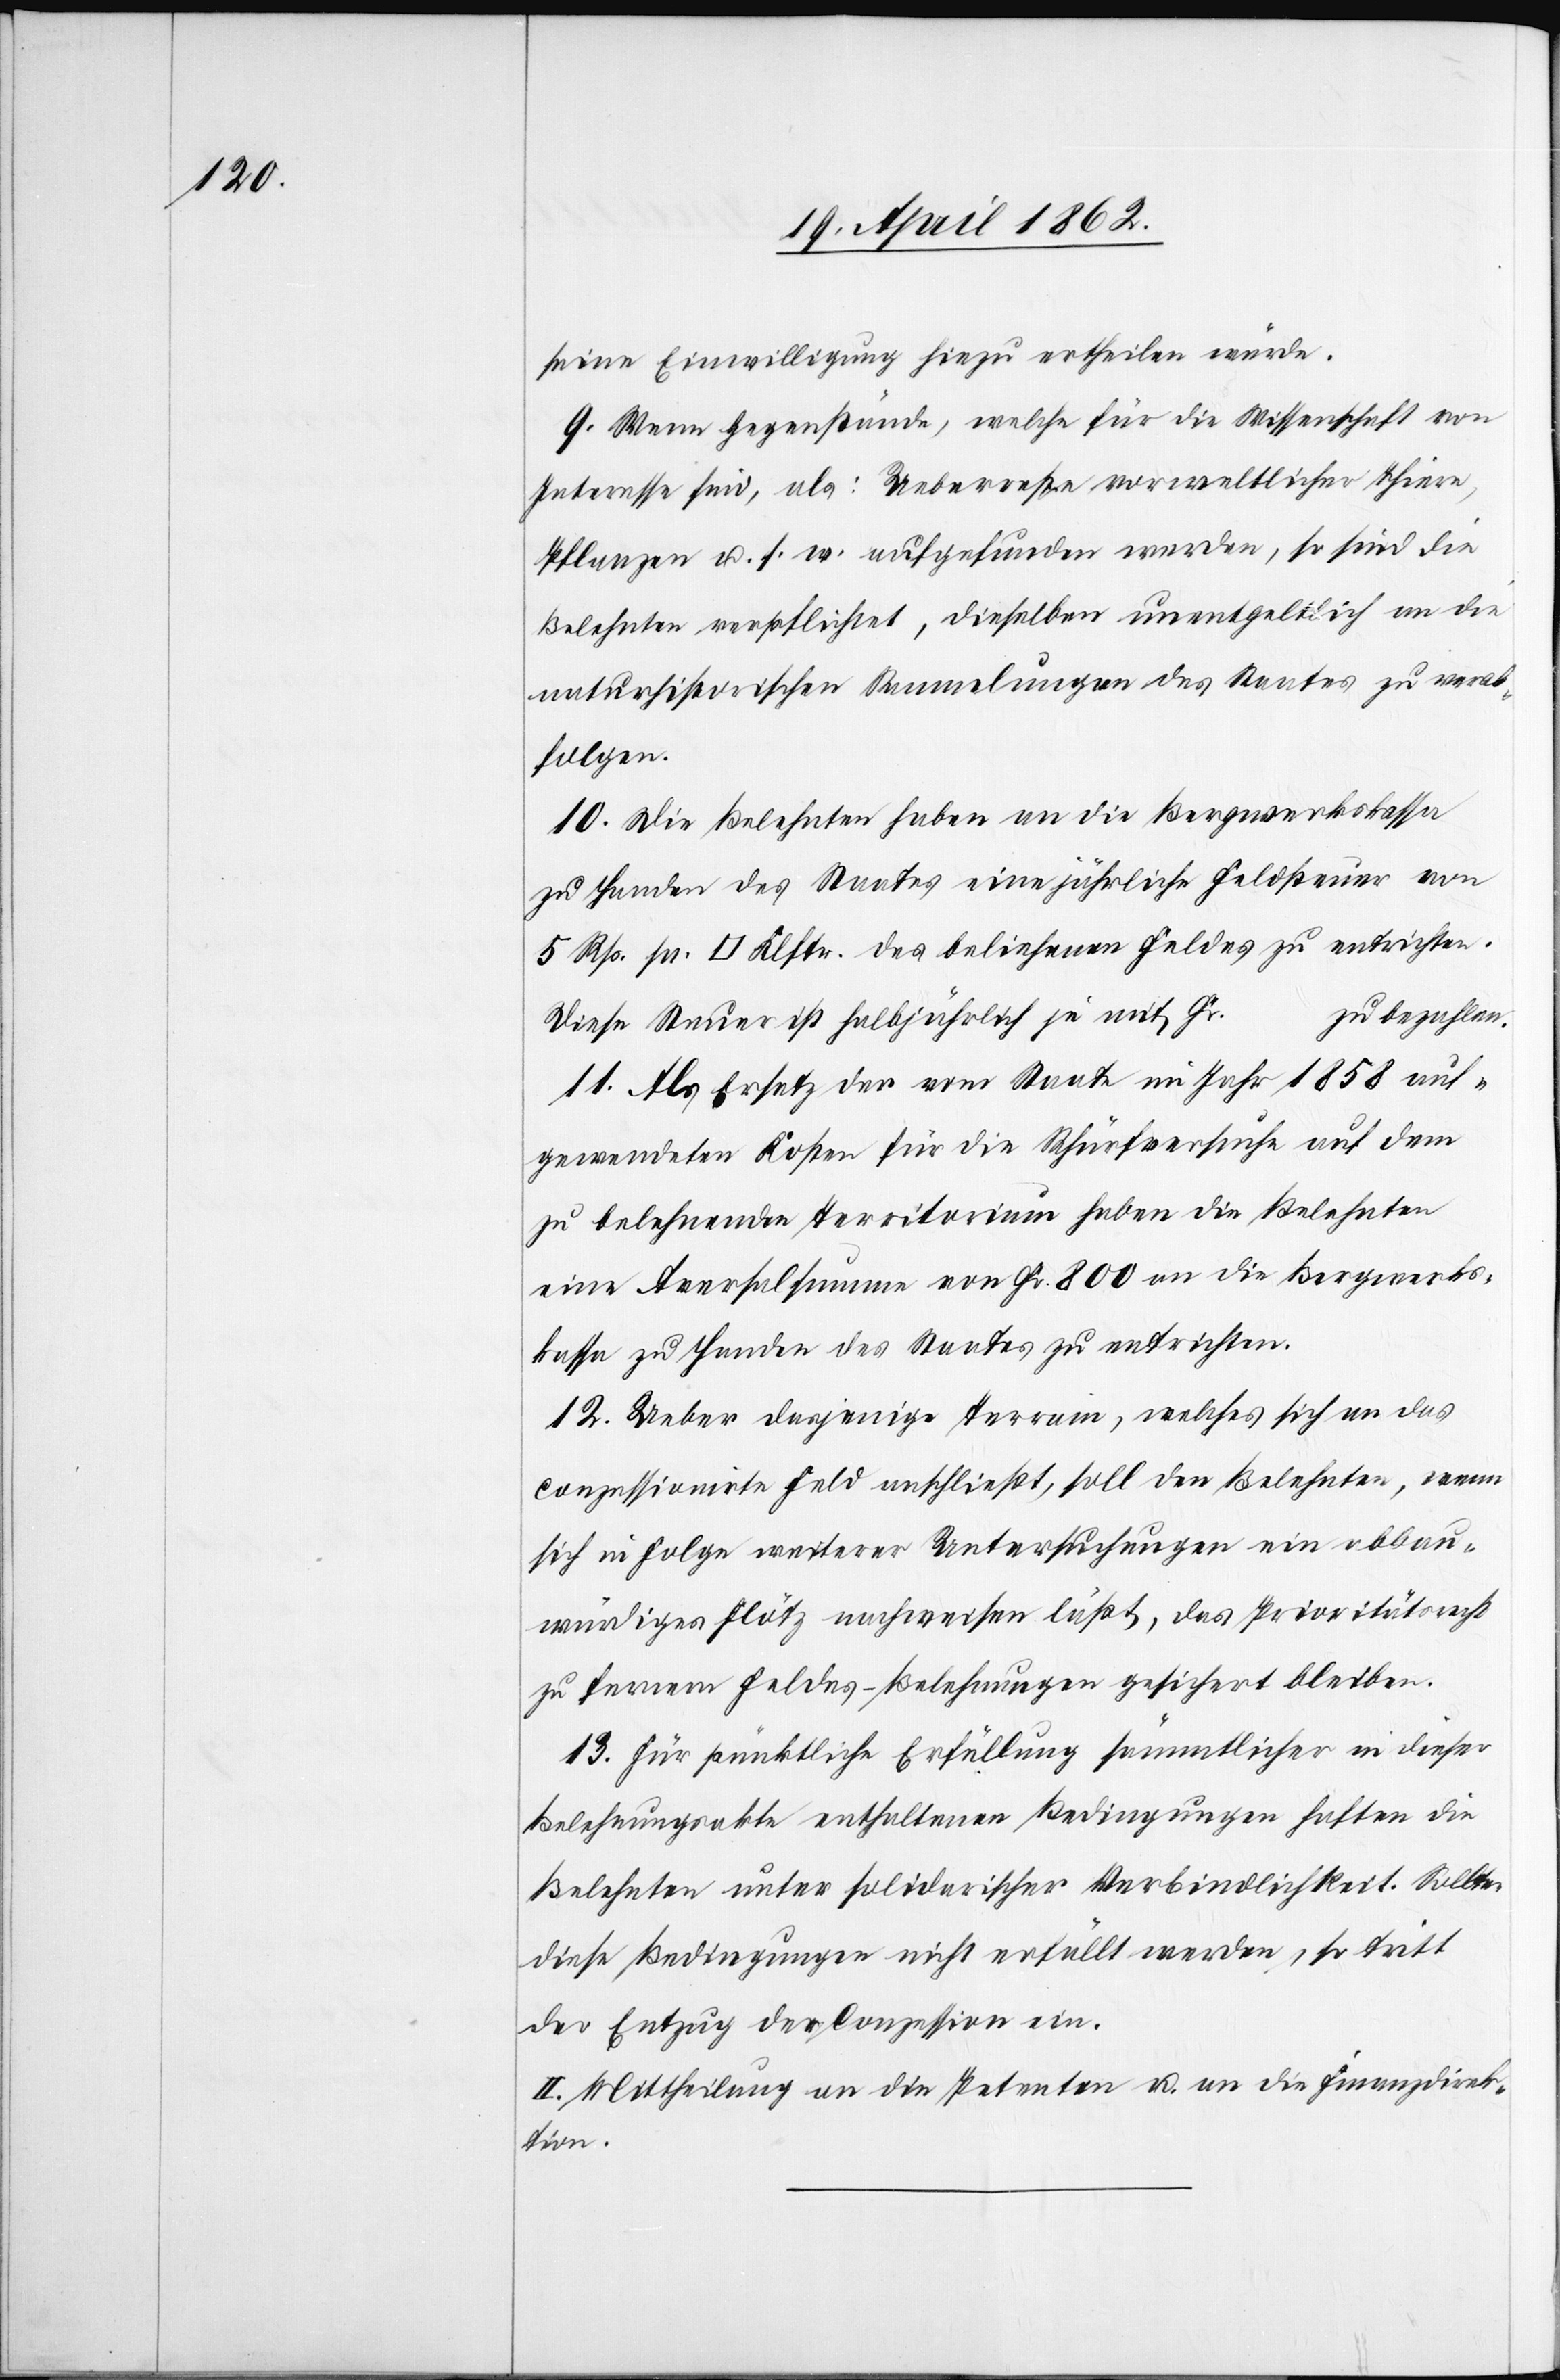
seine Einwilligung hiezu ertheilen würde.
9. Wenn Gegenstände, welche für die Wissenschaft von
Interesse sind, als: Ueberreste vorweltlicher Thiere,
Pflanzen u. s. w. aufgefunden werden, so sind die
Belehnten verpflichtet, dieselben unentgeltlich an die
naturhistorischen Sammlungen des Staates zu verab¬
folgen.
10. Die Belehnten haben an die Bergwerkskassa
zu Handen des Staates eine jährliche Feldsteuer von
zu bezahlen.
Diese Steuer ist halbjährlich je mit Fr.
11. Als Ersatz der vom Staate im Jahr 1858 auf¬
gewendeten Kosten für die Schürfversuche auf dem
zu belehnende Territorium haben die Belehnten
eine Aversalsumme von Fr. 800 an die Bergwerks¬
kassa zu Handen des Staates zu entrichten.
12. Ueber das jenige Terrain, welches sich an das
Conzessionirte Feld anschließt, soll den Belehnten, wenn
sich in Folge weiterer Untersuchungen ein abbau¬
würdiges Flötz nachweisen läßt, das Prioritätsrecht
zu fernern Feldes-Belehnungen gesichert bleiben.
13. Für pünktliche Erfüllung sämmtlicher in dieser
Belehnungsakte enthaltenen Bedingungen haften die
Belehnten unter solidarischer Verbindlichkeit. Sollten
diese Bedingungen nicht erfüllt werden, so tritt
der Entzug der Conzession ein.
II. Mittheilung an die Petenten u. an die Finanzdirek¬
tion.